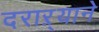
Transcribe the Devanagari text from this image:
दराऱ्याने